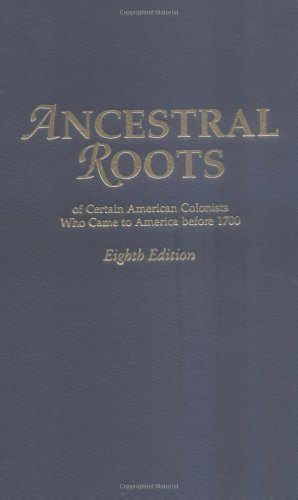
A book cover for Ancestral Roots of Certain American Colonists Who Came to America before 1700, 8th Edition; Frederick Lewis Weis; Reference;